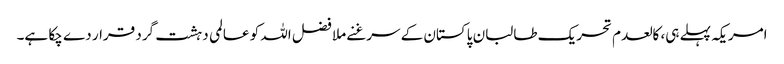
امریکہ پہلے ہی، کالعدم تحریک طالبان پاکستان کے سرغنے ملا فضل اللہ کو عالمی دہشت گرد قرار دے چکا ہے۔